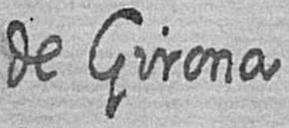
de Girona